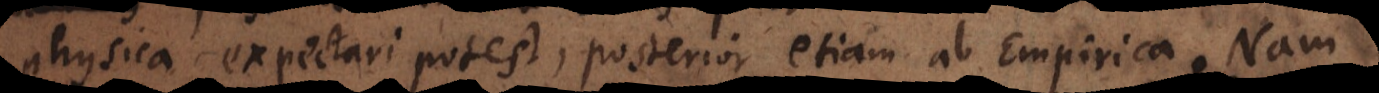
physica expectari potest, posterior etiam ab Empirica. Phys